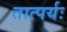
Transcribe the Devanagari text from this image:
तात्पर्यः